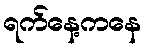
ရက်နေ့ကနေ